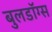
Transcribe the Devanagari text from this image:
बुलडॉग्‍स